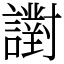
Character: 譵